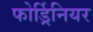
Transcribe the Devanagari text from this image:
फोर्ड्रिनियर